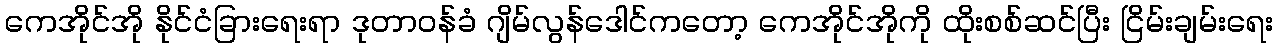
ကေအိုင်အို နိုင်ငံခြားရေးရာ ဒုတာဝန်ခံ ဂျိမ်လွန်ဒေါင်ကတော့ ကေအိုင်အိုကို ထိုးစစ်ဆင်ပြီး ငြိမ်းချမ်းရေး